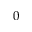
0